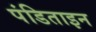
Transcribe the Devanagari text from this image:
पंडिताइन